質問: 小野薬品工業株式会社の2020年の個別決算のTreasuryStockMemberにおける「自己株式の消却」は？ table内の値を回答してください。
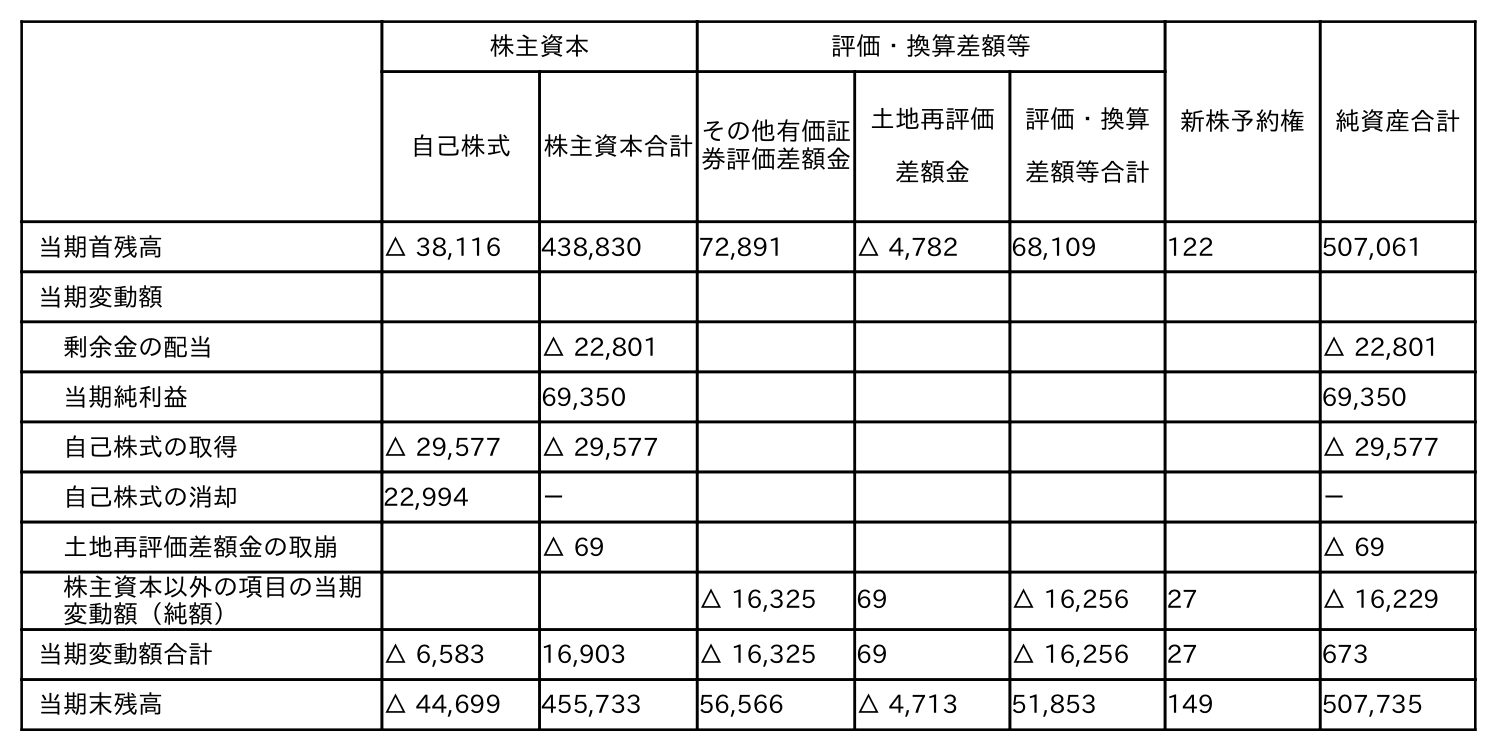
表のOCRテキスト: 株主資本 評価・換算差額等 新株予約権 純資産合計 自己株式 株主資本合計その他有価証 券評価差額金 土地再評価 差額金 評価・換算 差額等合計 当期首残高 △ 38,116 438,830 72,891 △ 4,782 68,109 122 507,061 当期変動額 剰余金の配当 △ 22,801 △ 22,801 当期純利益 69,350 69,350 自己株式の取得 △ 29,577 △ 29,577 △ 29,577 自己株式の消却 22,994 － － 土地再評価差額金の取崩 △ 69 △ 69 株主資本以外の項目の当期 変動額（純額） △ 16,325 69 △ 16,256 27 △ 16,229 当期変動額合計 △ 6,583 16,903 △ 16,325 69 △ 16,256 27 673 当期末残高 △ 44,699 455,733 56,566 △ 4,713 51,853 149 507,735
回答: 22,994